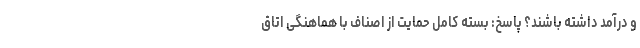
و درآمد داشته باشند؟ پاسخ: بسته کامل حمایت از اصناف با هماهنگی اتاق